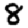
Digit: 8